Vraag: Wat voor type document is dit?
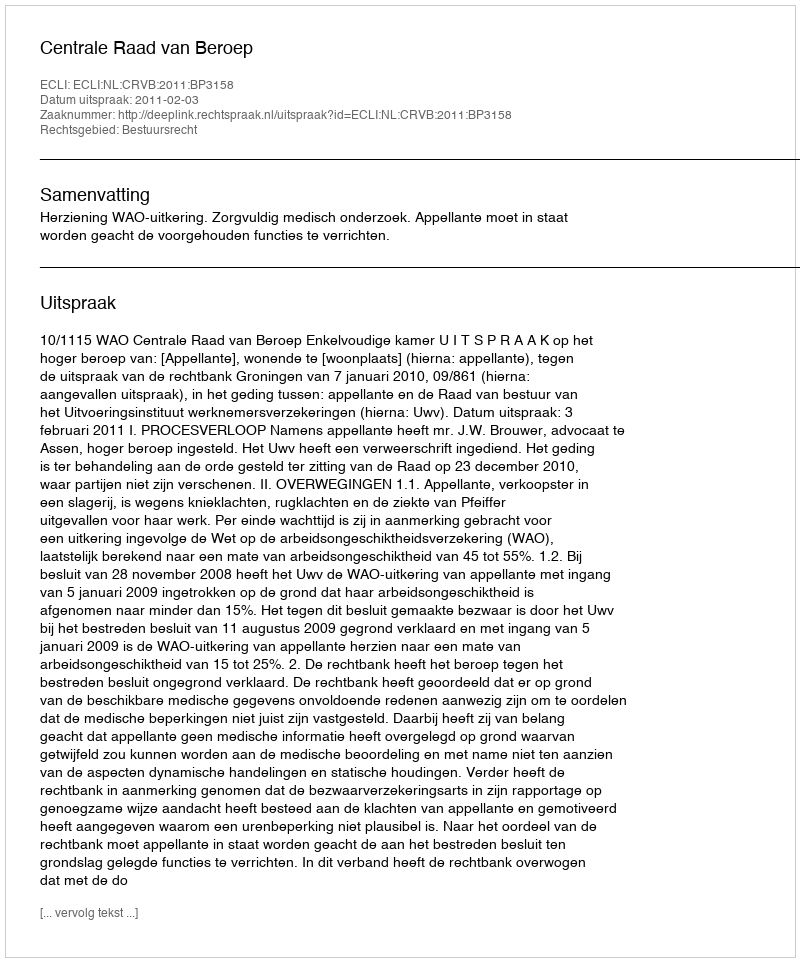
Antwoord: Uitspraak